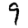
Digit: 9